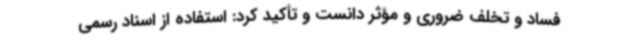
فساد و تخلف ضروری و مؤثر دانست و تأکید کرد: استفاده از اسناد رسمی